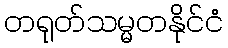
တရုတ်သမ္မတနိုင်ငံ